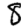
Digit: 8